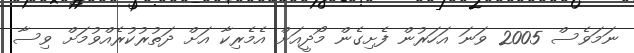
ނަމަވެސް 2005 ވަނަ އަހަރުން ފެށިގެން މޯދީއަށް އެމެރިކާ އަށް ދަތުރުކުރެއްވުމަށް ވިސާ